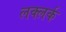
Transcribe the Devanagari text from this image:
लक्लर्क